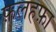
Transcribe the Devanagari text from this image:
फ़लहफ़ा